Report on sanitation, dispensaries, and jails in Rajputana for 1912, and on vaccination for the year 1912-1913 - 1912-1913
Year: 1912
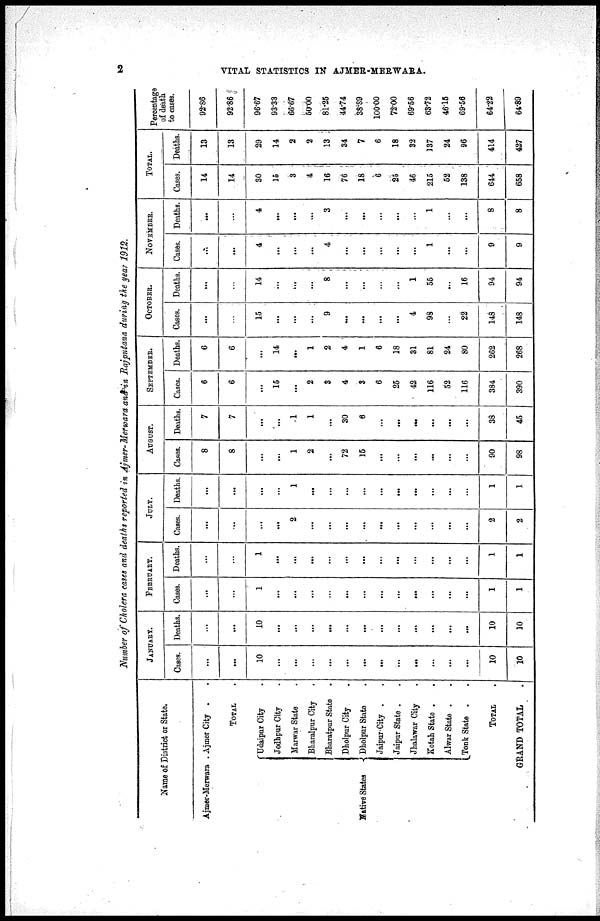
2
VITAL STATISTICS IN AJMER-MERWARA.
Number of Cholera cases and deaths reported in Ajmer-Merwara and in Rajputana during the year 1912.
Name of District or State.
Ajmer-Merwara
Native States
Ajmer City . .
TOTAL .
Udaipur City .
Jodhpur City .
Marwar State .
Bharalpur City .
Bharatpur State .
Dholpur City .
Dholpur State .
Jaipur City . .
Jaipur State . .
Jhalawar City .
Kotah State . .
Alwar State . .
Tonk State .
TOTAL .
GRAND TOTAL 0
JANUARY.
Cases.
...
...
10
...
...
...
...
...
...
...
...
...
...
...
...
10
10
Deaths.
...
...
10
...
...
...
...
...
...
...
...
...
...
...
...
10
10
FEBRUARY.
Cases.
...
...
1
...
...
...
...
...
...
...
...
...
...
...
...
1
1
Deaths.
...
...
1
...
...
...
...
...
...
...
...
...
...
...
...
1
1
JULY.
Cases.
...
...
...
...
2
...
...
...
...
...
...
...
...
...
...
2
2
Deaths.
...
...
...
...
1
...
...
...
...
...
...
...
...
...
...
1
1
AUGUST.
Canes.
8
8
...
...
1
2
...
72
15
...
...
...
...
...
...
90
98
Deaths.
7
7
...
...
1
1
...
30
6
...
...
...
...
...
...
38
45
SEPTEMBER.
Cases.
6
6
...
15
...
2
3
4
3
6
25
42
116
52
116
384
390
Deaths.
6
6
...
14
...
1
2
4
1
6
18
31
81
24
80
262
268
OCTOBER.
Cases.
...
...
15
...
...
...
9
...
...
...
...
4
98
...
22
148
148
Deaths.
...
...
14
...
...
...
8
...
...
...
...
1
55
...
16
94
94
NOVEMBER.
Cases.
...
...
4
...
...
...
4
...
...
...
...
...
1
...
...
9
9
Deaths.
...
...
4
...
...
...
3
...
...
...
...
...
1
...
...
8
8
TOTAL.
Cases.
14
14
30
15
3
4
16
76
18
6
25
46
215
52
138
644
658
Deaths.
13
13
29
14
2
2
13
34
7
6
18
32
137
24
96
414
427
Percentage
of death
to cases.
92.86
92.86
96.67
93.33
66.67
50.00
81.25
44.74
38.89
100.00
72.00
69.56
63.72
46.15
69.56
64.22
64.89